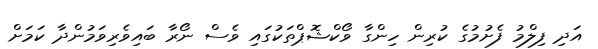
އަދި ފިލްމު ފެށުމުގެ ކުރިން ހިންގާ ވޯކްޝޮޕްތަކުގައި ވެސް ނޯރާ ބައިވެރިވަމުންދާ ކަމަށް